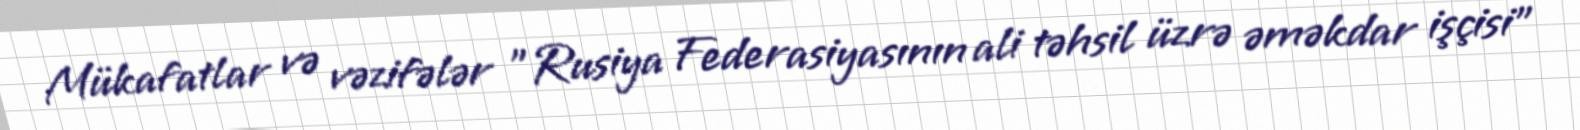
Mükafatlar və vəzifələr "Rusiya Federasiyasının ali təhsil üzrə əməkdar işçisi"